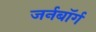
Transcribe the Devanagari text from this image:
जर्नबॉर्ग